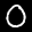
Digit: 0